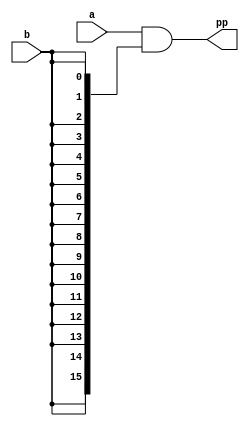
`timescale 1ns / 1ps
//////////////////////////////////////////////////////////////////////////////////
// Company: 
// Engineer: 
// 
// Design Name: 
// Module Name: PARTIAL_PRODUCT
// Project Name: 
// Target Devices: 
// Tool Versions: 
// Description: 
// 
// Dependencies: 
// 
// Revision:
// Revision 0.01 - File Created
// Additional Comments:
// 
//////////////////////////////////////////////////////////////////////////////////


(* keep_hierarchy = "yes" *) module PARTIAL_PRODUCT(a, b, pp);
    input [15:0] a;
    input b;
    output [15:0] pp;
    
    assign pp = (a & {16{b}}); 

endmodule